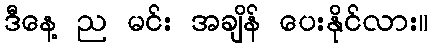
ဒီနေ့ ည မင်း အချိန် ပေးနိုင်လား။